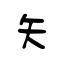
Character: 矢